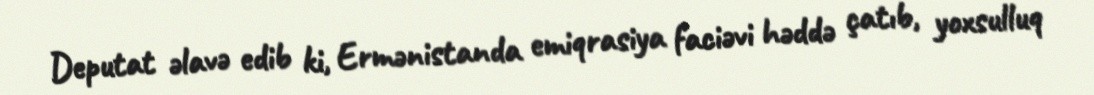
Deputat əlavə edib ki, Ermənistanda emiqrasiya faciəvi həddə çatıb, yoxsulluq